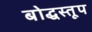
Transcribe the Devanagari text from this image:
बोद्धस्तूप